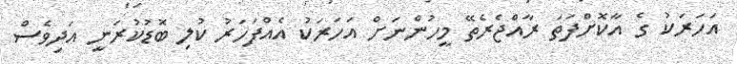
އަހަރަކު ގެ އާކޮށްފަތަ ރާއްޖެރެތޭ މީހުންނަށް އަހަރަކު އެއްފަހަރު ކުލި ބޮޑުކުރަނީ އަދިވެސް